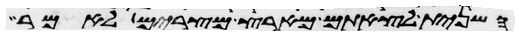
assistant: השנית לצאתם מארץ מצרים לאמר